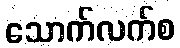
သောက်လက်စ